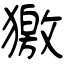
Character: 獥